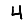
Digit: 4